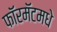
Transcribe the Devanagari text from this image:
फॉरमॅटमधे